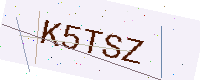
Text: K5TSZ